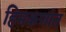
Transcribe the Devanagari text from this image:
हिमकणांत